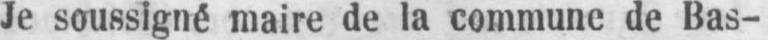
Je soussigné maire de la commune de Bas-